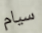
سيام